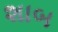
શાબ